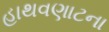
હાથવણાટના